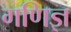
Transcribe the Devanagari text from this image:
गणिज्ञ